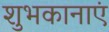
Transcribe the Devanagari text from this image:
शुभकानाएं